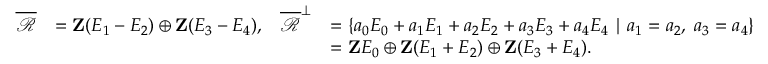
\begin{array} { r l r l } { \overline { { \mathscr { R } } } } & { = \mathbf { Z } ( E _ { 1 } - E _ { 2 } ) \oplus \mathbf { Z } ( E _ { 3 } - E _ { 4 } ) , } & { \overline { { \mathscr { R } } } ^ { \perp } } & { = \left\{ a _ { 0 } E _ { 0 } + a _ { 1 } E _ { 1 } + a _ { 2 } E _ { 2 } + a _ { 3 } E _ { 3 } + a _ { 4 } E _ { 4 } \mid a _ { 1 } = a _ { 2 } , \; a _ { 3 } = a _ { 4 } \right\} } \\ & { } & & { = \mathbf { Z } E _ { 0 } \oplus \mathbf { Z } ( E _ { 1 } + E _ { 2 } ) \oplus \mathbf { Z } ( E _ { 3 } + E _ { 4 } ) . } \end{array}